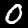
Label: 0